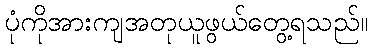
ပုံကိုအားကျအတုယူဖွယ်တွေ့ရသည်။